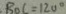
B O C = 1 2 0 ^ { \circ }